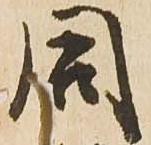
同